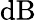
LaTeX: \mathrm{dB}